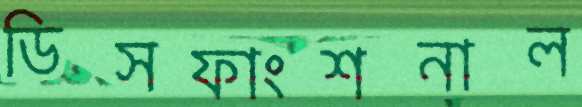
ডিসফাংশনাল